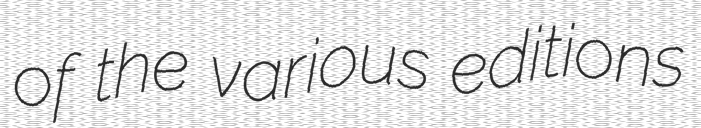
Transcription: of the various editions